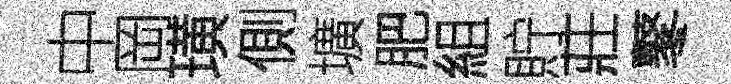
中岡璜側壙肥組貯莊鼕